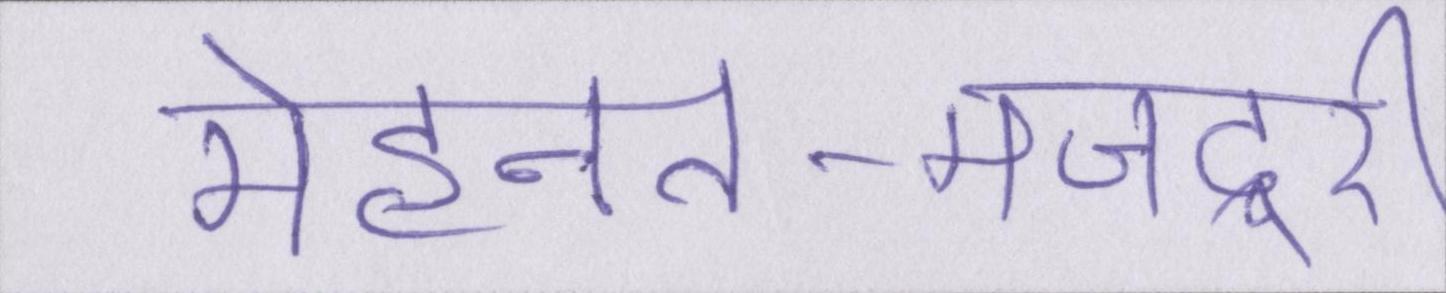
मेहनत-मजदूरी